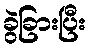
ခွဲခြားပြီး